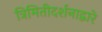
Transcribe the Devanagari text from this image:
त्रिमितीदर्शनाद्वारे